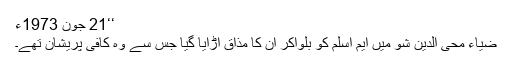
‘‘21 جون 1973ء
ضیاء محی الدین شو میں ایم اسلم کو بلواکر ان کا مذاق اڑایا گیا جس سے وہ کافی پریشان تھے۔